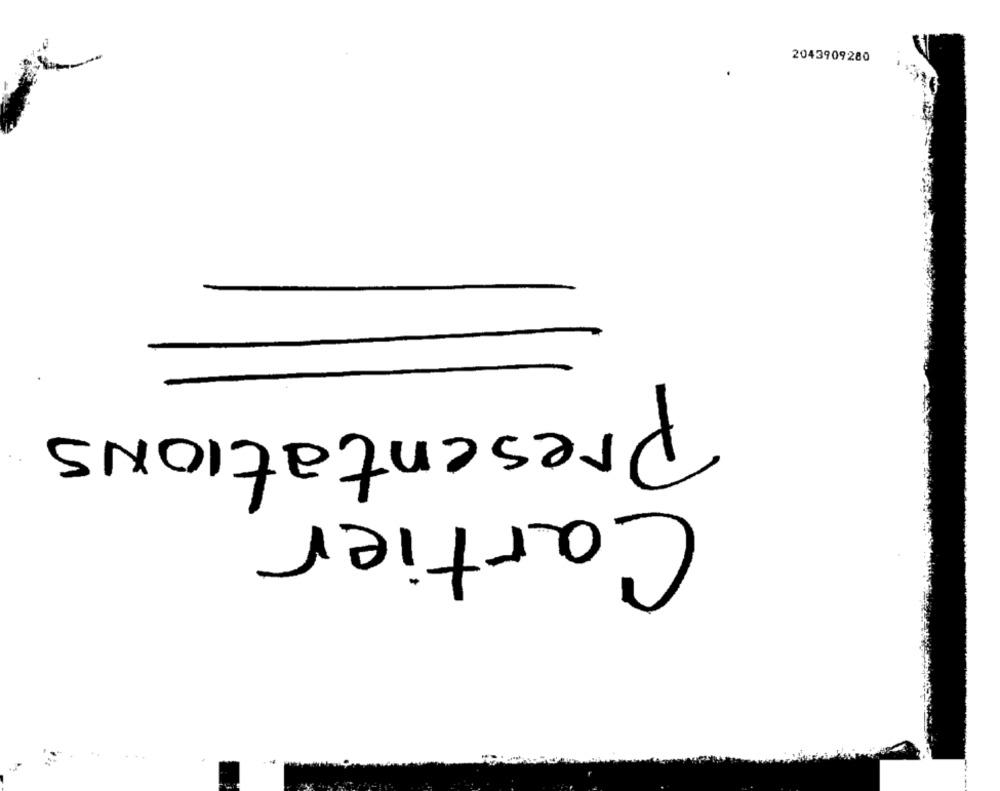
2043909280
Presentations
Cartier